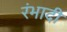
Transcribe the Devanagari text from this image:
रंभादी